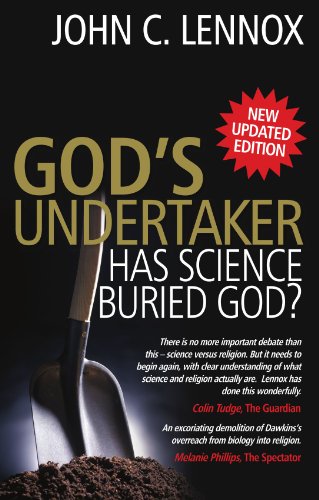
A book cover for God's Undertaker: Has Science Buried God?; John C. Lennox; Religion & Spirituality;